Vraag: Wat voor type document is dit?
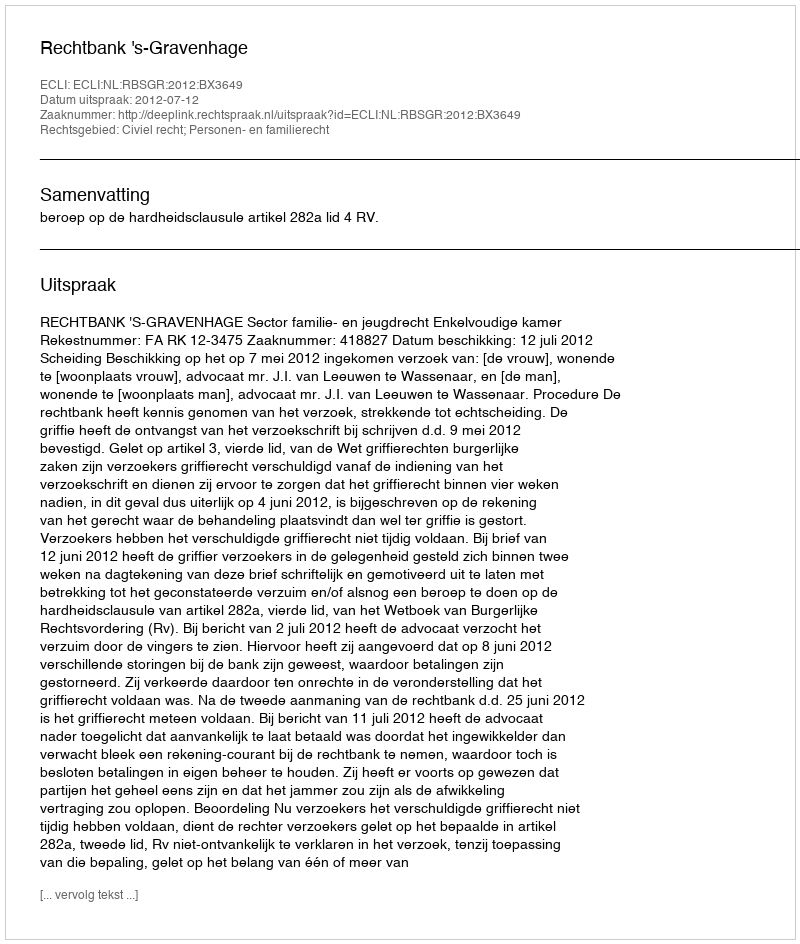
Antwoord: Uitspraak